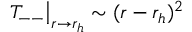
\left. T _ { -- } \right| _ { r \rightarrow r _ { h } } \sim ( r - r _ { h } ) ^ { 2 }